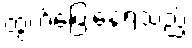
ထွက်ပြေးနေရသည့်